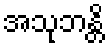
အသုဘန္တိ